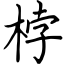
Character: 桲